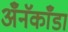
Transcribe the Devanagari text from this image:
अँनॅकाँडा